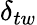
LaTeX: \delta_{tw}